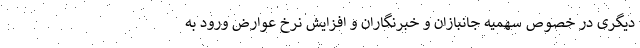
دیگری در خصوص سهمیه جانبازان و خبرنگاران و افزایش نرخ عوارض ورود به